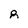
Character: 8